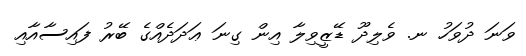
ވަނަ ދުވަހު ނ. ވެލިދޫ ޑޭޒީވިލާ އިން ގިނަ ޢަދަދެއްގެ ބޭރު ފައިސާއާއި